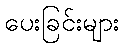
ပေးခြင်းများ